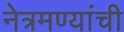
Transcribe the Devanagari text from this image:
नेत्रमण्यांची